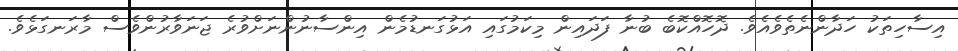
އިސާހިތަކު ހަދާންނެތެވެއެވެ. ދޮހޮއްކޮބެ ބުނާ ފަދައިން މިކަމުގައި އަޅުގަނޑުމެން އިންސާނުންނަށްވުރެ ޖަނަވާރުންވެސް މާރަނގަޅެވެ.